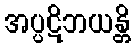
အပ္ပဋိဘယန္တိ